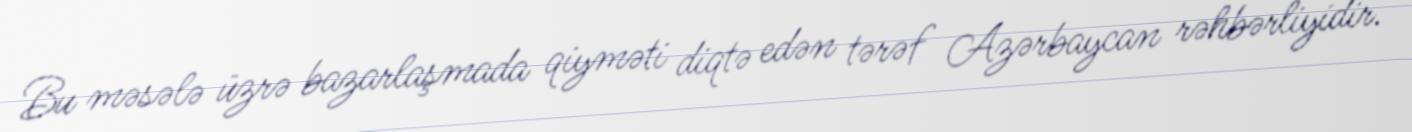
Bu məsələ üzrə bazarlaşmada qiyməti diqtə edən tərəf Azərbaycan rəhbərliyidir.